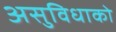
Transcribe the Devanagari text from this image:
असुविधाको